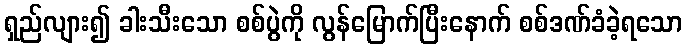
ရှည်လျား၍ ခါးသီးသော စစ်ပွဲကို လွန်မြောက်ပြီးနောက် စစ်ဒဏ်ခံခဲ့ရသော